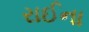
રાઈના